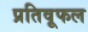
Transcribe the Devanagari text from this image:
प्रतिवूफल